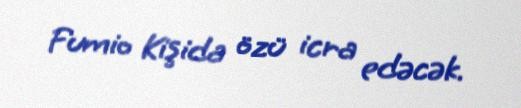
Fumio Kişida özü icra edəcək.